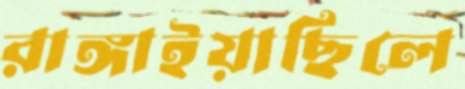
রাঙ্গাইয়াছিলে